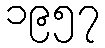
၁၉၅၇